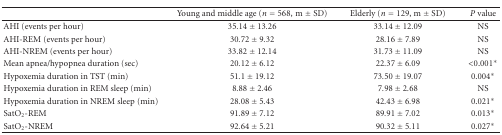
<table><thead><tr><td></td><td><b>Young and middle age (<i>n</i> = 568, m ± SD)</b></td><td><b>Elderly (<i>n</i> = 129, m ± SD)</b></td><td><b><i>P</i> value</b></td></tr></thead><tbody><tr><td>AHI (events per hour)</td><td>35.14 ± 13.26</td><td>33.14 ± 12.09</td><td>NS</td></tr><tr><td>AHI-REM (events per hour)</td><td>30.72 ± 9.32</td><td>28.16 ± 7.89</td><td>NS</td></tr><tr><td>AHI-NREM (events per hour)</td><td>33.82 ± 12.14</td><td>31.73 ± 11.09</td><td>NS</td></tr><tr><td>Mean apnea/hypopnea duration (sec)</td><td>20.12 ± 6.12</td><td>22.37 ± 6.09</td><td>&lt;0.001*</td></tr><tr><td>Hypoxemia duration in TST (min)</td><td>51.1 ± 19.12</td><td>73.50 ± 19.07</td><td>0.004*</td></tr><tr><td>Hypoxemia duration in REM sleep (min)</td><td>8.88 ± 2.46</td><td>7.98 ± 2.68</td><td>NS</td></tr><tr><td>Hypoxemia duration in NREM sleep (min)</td><td>28.08 ± 5.43</td><td>42.43 ± 6.98</td><td>0.021*</td></tr><tr><td>SatO<sub>2</sub>-REM</td><td>91.89 ± 7.12</td><td>89.91 ± 7.02</td><td>0.013*</td></tr><tr><td>SatO<sub>2</sub>-NREM</td><td>92.64 ± 5.21</td><td>90.32 ± 5.11</td><td>0.027*</td></tr></tbody></table>